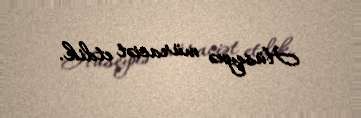
Hüseynə müraciət etdik.